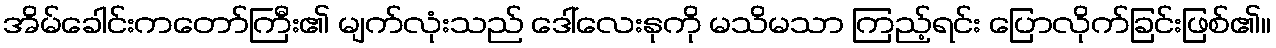
အိမ်ခေါင်းကတော်ကြီး၏ မျက်လုံးသည် ဒေါ်လေးနုကို မသိမသာ ကြည့်ရင်း ပြောလိုက်ခြင်းဖြစ်၏။